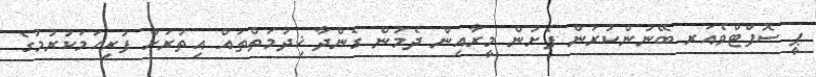
ޕީ ސޮފްޓްވެއަރ ބޭނުންކުރަން ފެށުން މީރާއިން ދެމުން ގެންދާ ޚިދުމަތްތައް އިތުރަށް ފުރިހަމަކުރުމުގެ